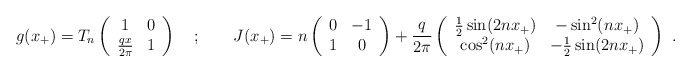
\begin{align*}g(x_{+})=T_{n}\left( \begin{array}{cc}1 & 0\\\frac{qx}{2\pi } & 1\end{array}\right) \quad ;\qquad J(x_{+})=n\left( \begin{array}{cc}0 & -1\\1 & 0\end{array}\right) +\frac{q}{2\pi }\left( \begin{array}{cc}\frac{1}{2}\sin (2nx_{+}) & -\sin ^{2}(nx_{+})\\\cos ^{2}(nx_{+}) & -\frac{1}{2}\sin (2nx_{+})\end{array}\right) \, \, .\end{align*}